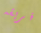
فريقه